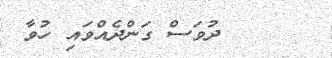
١      ދުވަސް ގަންދެއްވައި ހުވާ